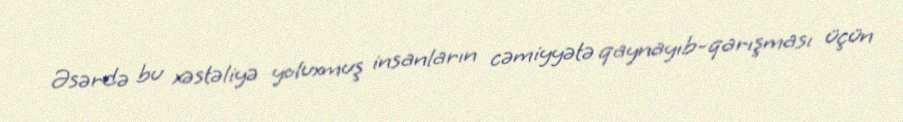
Əsərdə bu xəstəliyə yoluxmuş insanların cəmiyyətə qaynayıb-qarışması üçün